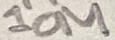
Text: 10M